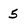
Character: 5